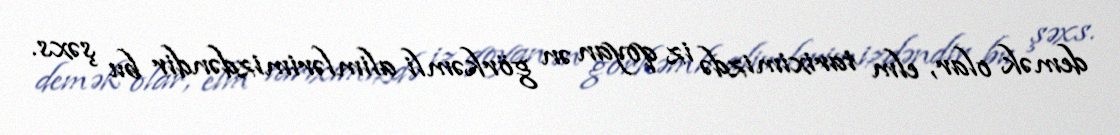
demək olar, elm tariximizdə iz qoyan ən görkəmli alimlərimizdəndir bu şəxs.